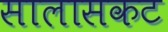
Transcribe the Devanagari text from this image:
सालासकट